Annual administration report of the Civil Veterinary Department of India - 1907-1908
Year: 1907
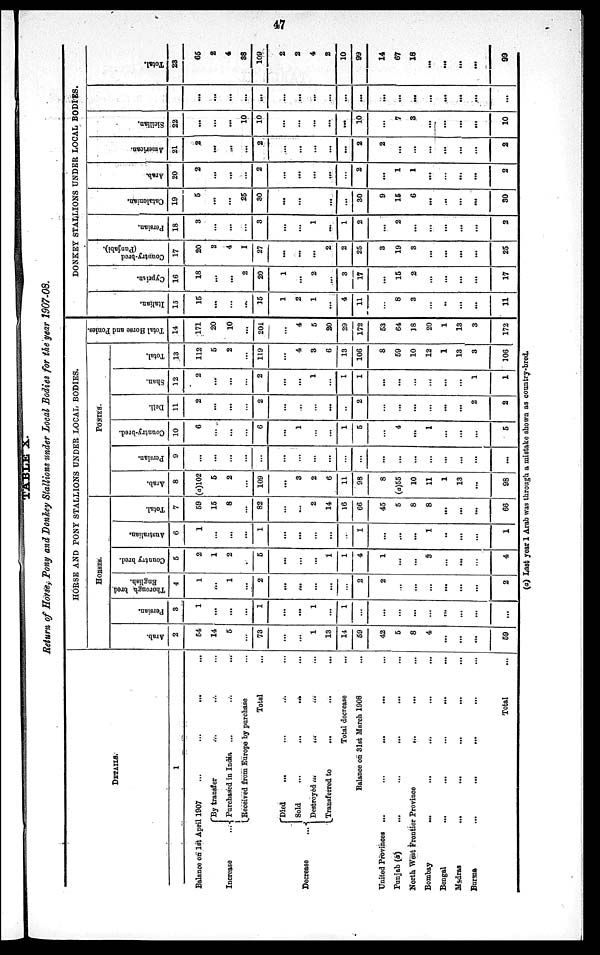
47
TABLE X.
Return of Horse, Pony and Donkey Stallions under Local Bodies for the year 1907-08.
DETAILS.
1
Balance on 1st April 1907 ... ... ... ...
Increase
...
By transfer ... ... ...
Purchased in India ... ... ...
Received from Europe by purchase ...
Total ...
Decrease
...
Died ... ... ... ...
Sold ... ... ... ...
Destroyed ... ... ... ...
Transferred to
... ... ...
Total decrease ...
Balance on 31st March 1908 ...
United Provinces ...
...
...
...
Punjab (a) ... ... ... ...
North West Frontier Province ... ... ...
Bombay
...
...
... ...
Bengal ... ... ... ... ...
Madras
...
...
...
...
...
Burma
...
...
... ... ...
Total ...
HORSE AND PONY STALLIONS UNDER LOCAL BODIES
HORSES.
Arab.
2
54
14
5
...
73
...
...
1
13
14
59
42
5
8
4
...
...
...
59
Persian.
3
1
...
...
...
1
...
...
1
...
1
...
...
...
...
...
...
...
...
...
Thorough bred
English.
4
1
...
1
...
2
...
...
...
...
...
2
2
...
...
...
...
...
...
2
Country bred.
5
2
1
2
...
5
...
...
...
1
1
4
1
...
...
3
...
...
...
4
Australian.
6
1
...
...
...
1
...
...
...
...
...
1
...
...
...
1
..
...
...
1
Total.
7
59
15
8
...
82
...
...
2
14
16
66
45
5
8
8
...
...
...
66
PONIES.
Arab.
8
(a)102
5
2
...
109
...
3
2
6
11
98
8
(a)55
10
11
1
13
...
98
Persian.
9
...
...
...
...
...
...
...
...
...
...
...
...
...
...
...
...
...
...
...
Country-bred.
10
6
...
...
...
6
...
1
...
...
1
5
...
4
...
1
...
...
...
5
Deli.
11
2
...
...
...
2
...
...
...
...
...
2
...
...
...
...
...
...
2
2
Shan.
12
2
...
...
2
...
...
1
...
1
1
...
...
...
...
...
...
1
1
Total.
13
112
5
2
...
119
...
4
3
6
13
106
8
59
10
12
1
13
3
106
Total Horse and Ponies.
14
171
20
10
...
201
...
4
5
20
29
172
53
64
18
20
1
13
3
172
DONKEY STALLIONS UNDER LOCAL BODIES.
Italian.
15
15
...
...
...
15
1
2
1
...
4
11
...
8
3
...
..
...
...
11
Cyprian.
16
18
...
...
2
20
1
...
2
...
3
17
...
15
2
...
...
...
...
17
Country-bred
(Punjabi).
17
20
2
4
1
27
...
...
...
2
2
25
3
19
3
...
...
...
...
25
Per s i
an.
18
3
...
...
...
3
...
...
1
...
1
2
...
2
...
...
...
...
...
2
Cat al oni an.
19
5
...
...
25
30
...
...
...
...
...
30
9
15
6
...
...
...
...
30
Arab.
20
2
...
...
...
2
...
...
...
...
...
2
...
1
1
...
...
...
...
2
Ame r
i
c a n.
21
2
...
...
...
2
...
...
...
...
...
2
2
...
...
...
...
...
...
2
Si ci l i an.
22
...
...
...
10
10
...
...
...
...
...
10
...
7
3
...
...
...
...
10
...
...
...
...
...
...
...
...
...
...
...
...
...
...
...
...
...
...
...
Tot al .
23
65
2
4
38
109
2
2
4
2
10
99
14
67
18
...
...
...
...
99
(a) Last year 1 Arab was through a mistake shown as country-bred.